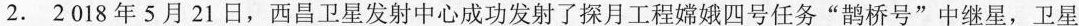
2.2018年5月21日，西昌卫星发射中心成功发射了探月工程嫦娥四号任务”鹊桥号”中继星，卫星